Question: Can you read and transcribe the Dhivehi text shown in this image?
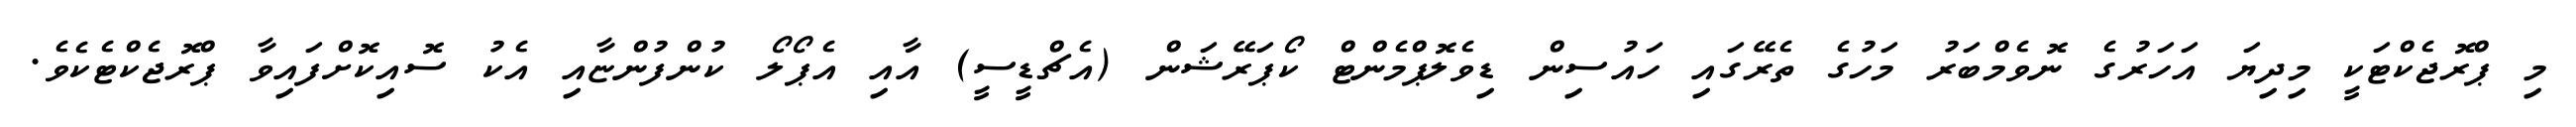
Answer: މި ޕްރޮޖެކްޓަކީ މިދިޔަ އަހަރުގެ ނޮވެމްބަރު މަހުގެ ތެރޭގައި ހައުސިން ޑިވެލޮޕްމެންޓް ކޯޕަރޭޝަން (އެޗްޑީސީ) އާއި އެޕޯލޯ ކުންފުންޏާއި އެކު ސޮއިކޮށްފައިވާ ޕްރޮޖެކްޓެކެވެ.